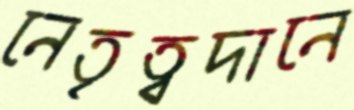
নেতৃত্বদানে